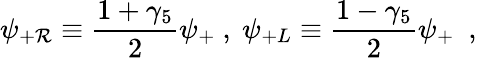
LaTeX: \psi_{+\mathcal{R}}\equiv{\frac{{1+\gamma_{5}}}{{2}}}\psi_{+}~,~\psi_{+L}\equiv{\frac{{1-\gamma_{5}}}{{2}}}\psi_{+}~~,